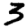
Digit: 3